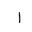
Letter: _alif